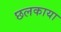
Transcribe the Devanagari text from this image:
छलकाया